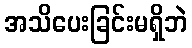
အသိပေးခြင်းမရှိဘဲ